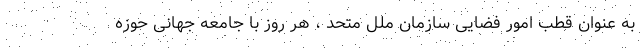
به عنوان قطب امور فضایی سازمان ملل متحد ، هر روز با جامعه جهانی حوزه